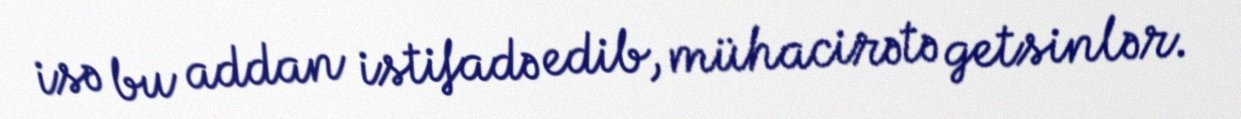
isə bu addan istifadə edib, mühacirətə getsinlər.